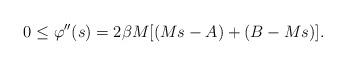
LaTeX: \begin{align*}0\leq\varphi''(s)=2\beta M[(Ms-A)+(B-Ms)].\end{align*}